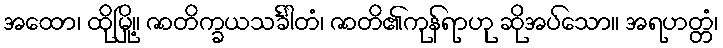
အထော၊ ထိုမြို့။ ဇာတိက္ခယသင်္ခါတံ၊ ဇာတိ၏ကုန်ရာဟု ဆိုအပ်သော။ အရဟတ္တံ၊